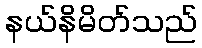
နယ်နိမိတ်သည်